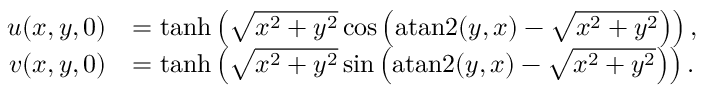
\begin{array} { r l } { u ( x , y , 0 ) } & { = \operatorname { t a n h } \left( \sqrt { x ^ { 2 } + y ^ { 2 } } \cos \left( \operatorname { a t a n 2 } ( y , x ) - \sqrt { x ^ { 2 } + y ^ { 2 } } \right) \right) , } \\ { v ( x , y , 0 ) } & { = \operatorname { t a n h } \left( \sqrt { x ^ { 2 } + y ^ { 2 } } \sin \left( \operatorname { a t a n 2 } ( y , x ) - \sqrt { x ^ { 2 } + y ^ { 2 } } \right) \right) . } \end{array}